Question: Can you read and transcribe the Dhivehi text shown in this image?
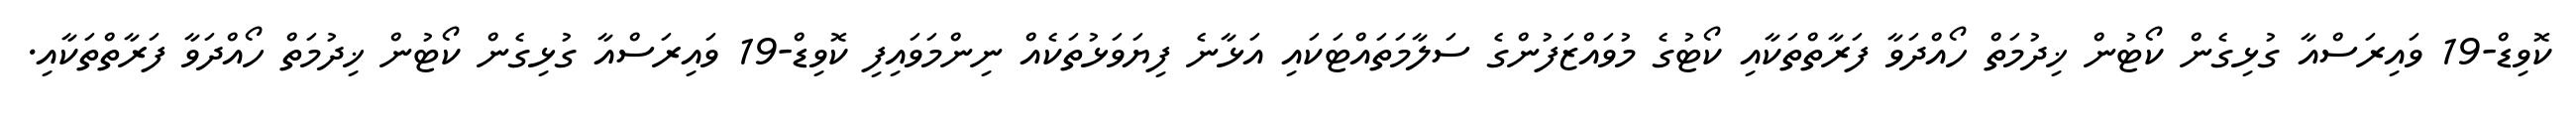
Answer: ކޮވިޑް-19 ވައިރަސްއާ ގުޅިގެން ކޯޓުން ޚިދުމަތް ހޯއްދަވާ ފަރާތްތަކާއި ކޯޓުގެ މުވައްޒަފުންގެ ސަލާމަތައްޓަކައި އަޅާނެ ފިޔަވަޅުތަކެއް ނިންމަވައިފި ކޮވިޑް-19 ވައިރަސްއާ ގުޅިގެން ކޯޓުން ޚިދުމަތް ހޯއްދަވާ ފަރާތްތަކާއި.